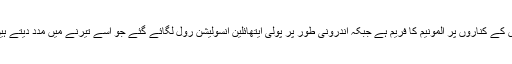
اس کے کناروں پر المونیم کا فریم ہے جبکہ اندرونی طور پر پولی ایتھائلین انسولیشن رول لگائے گئے جو اسے تیرنے میں مدد دیتے ہیں۔